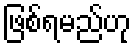
ဖြစ်ရမည်ဟု